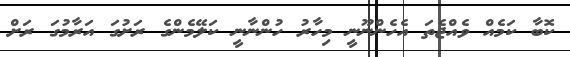
ކޮބާ ކަމެއް ވެއްޖެތަ އެހެންނޫނީ މިހާރު ހުންނާނީ ކަލޭމެންގެ ރަށުގަ އަރާމުގަ ރަށް